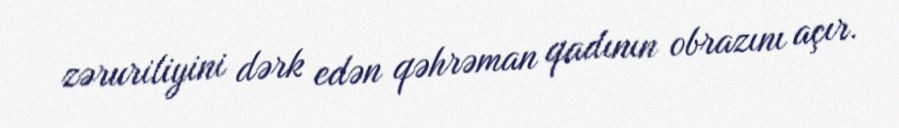
zəruriliyini dərk edən qəhrəman qadının obrazını açır.